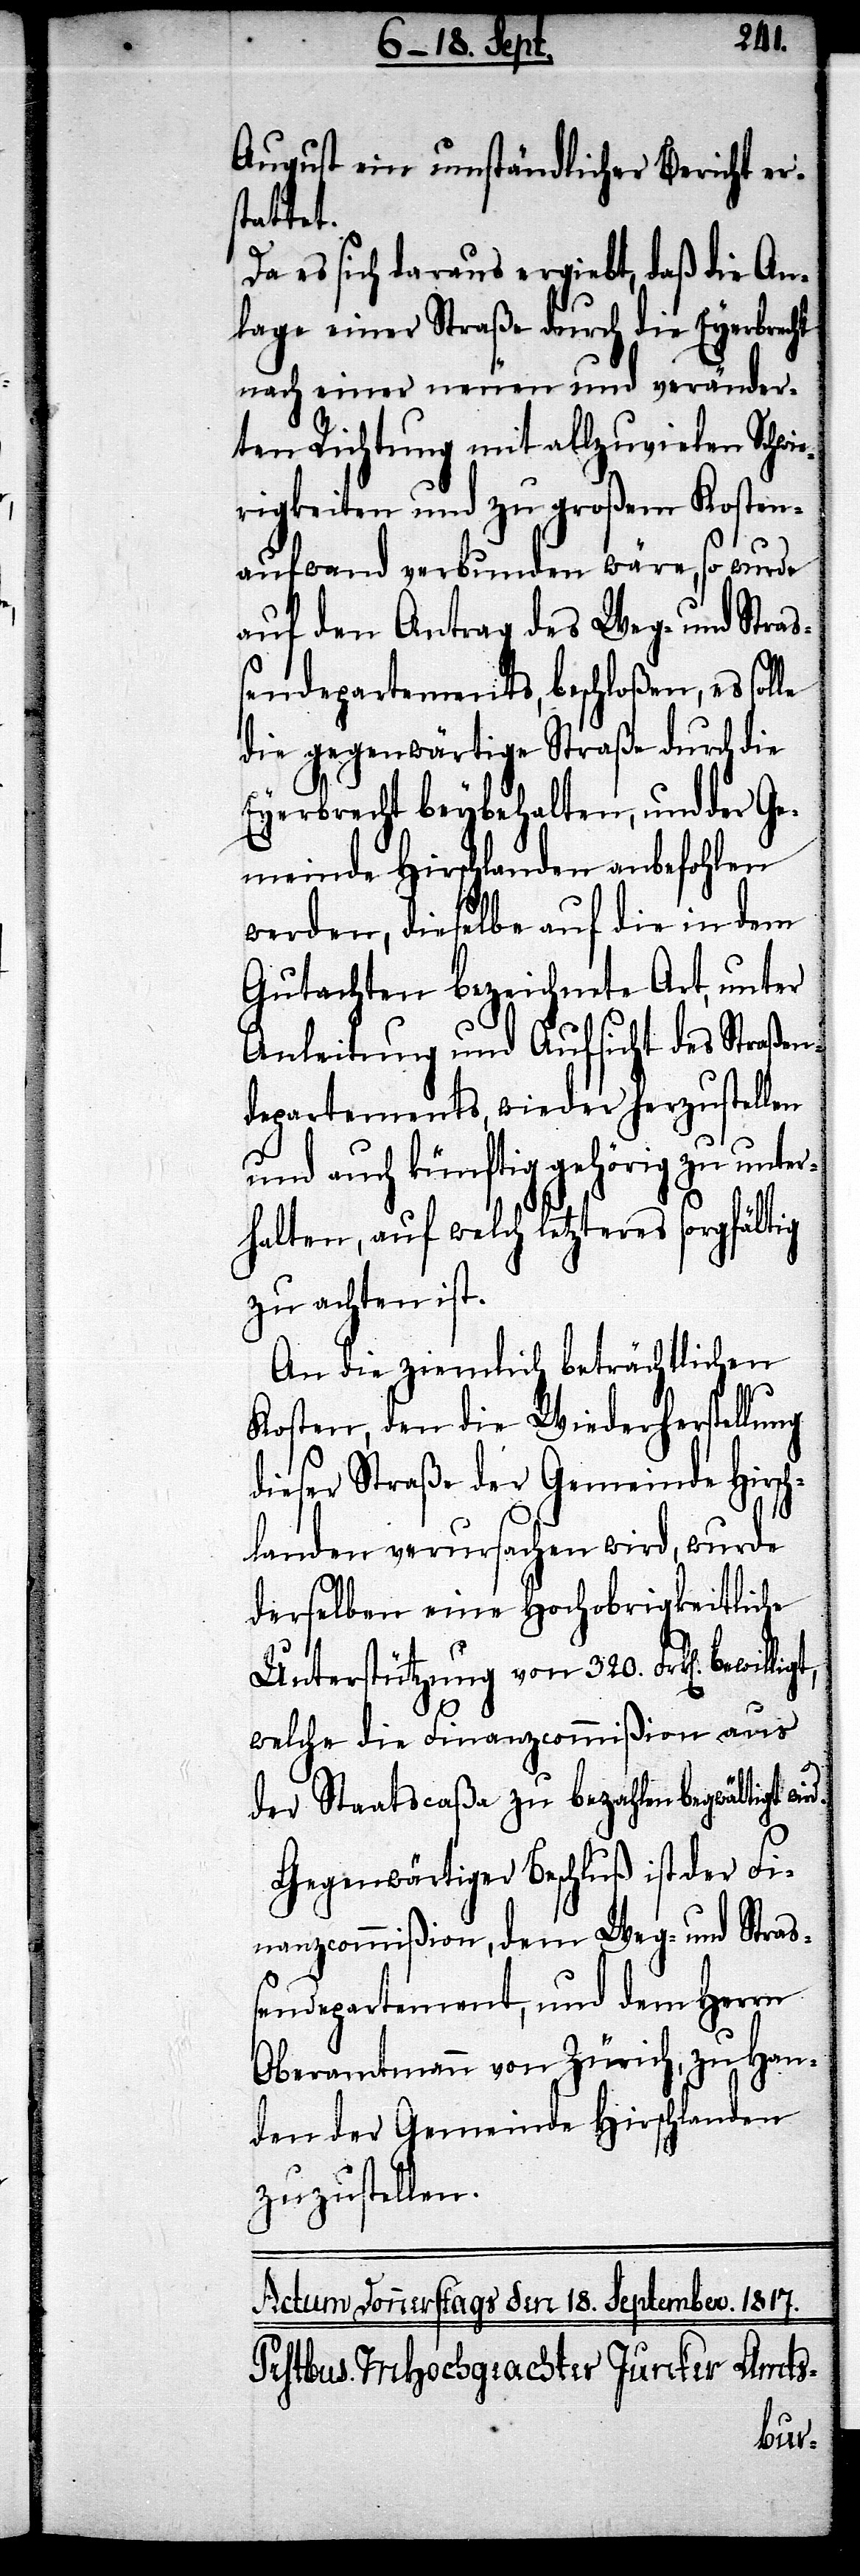
August ein umständlicher Bericht ers¬
tattet.
Da es sich daraus ergiebt, daß die An¬
lage einer Straße durch die Eyerbrecht
nach einer neuen und veränder¬
ten Richtung mit allzuvielen Schwie¬
rigkeiten und zu großem Kosten¬
aufwand verbunden wäre, so wurde
auf den Antrag des Weg- und Straß¬
endepartements, beschloßen, es solle
die gegenwärtige Straße durch die
Eyerbrecht beybehalten, und der Ge¬
meinde Hirschlanden anbefohlen
werden, dieselbe auf die in dem
Gutachten bezeichnete Art, unter
Anleitung und Aufsicht des Straßen¬
departements, wieder herzustellen
und auch künftig gehörig unter¬
halten, auf welch letzteres sorgfältig
zu achten ist.
An die ziemlich beträchtlichen
Kosten, den die Wiederherstellung
dieser Straße der Gemeinde Hirsch¬
landen verursachen wird, wurde
derselben eine hochobrigkeitliche
Unterstützung von 320. Frk[en].
welche die Finazcommißion aus
der Staatscaßa zu bezahlen begwältigt
Gegenwärtiger Beschluß ist der Fi¬
nanzcommißion, dem Weg- und Straß¬
endepartement, und dem Herrn
Oberamtmann von Zürich, zu Han¬
den der Gemeinde Hirschlanden
zuzustellen.